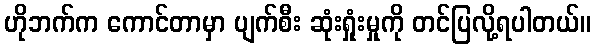
ဟိုဘက်က ကောင်တာမှာ ပျက်စီး ဆုံးရှုံးမှုကို တင်ပြလို့ရပါတယ်။